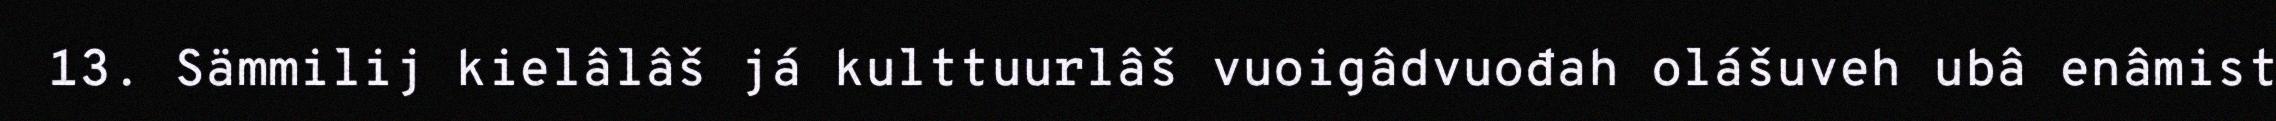
13. Sämmilij kielâlâš já kulttuurlâš vuoigâdvuođah olášuveh ubâ enâmist